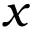
x